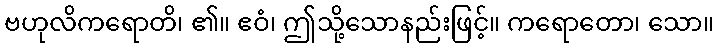
ဗဟုလိကရောတိ၊ ၏။ ဧဝံ၊ ဤသို့သောနည်းဖြင့်။ ကရောတော၊ သော။